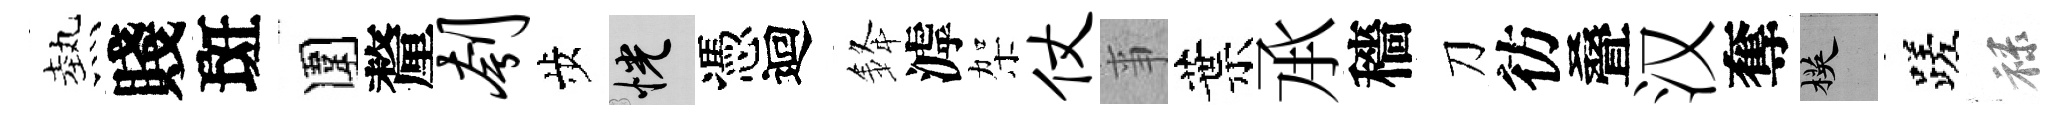
熱賤斑圍釐刳歩恍憑迴𨦟滹架仗亊葉𠄘穡刀彷叠汉奪楧蹉禄